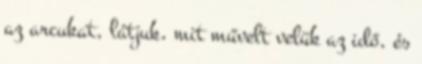
az arcukat, látjuk, mit művelt velük az idő, és